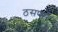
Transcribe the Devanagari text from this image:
ठसणारे